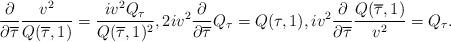
LaTeX: \begin{align*}\frac{\partial}{\partial\overline{\tau}} \frac{v^2}{Q(\overline{\tau},1)} = \frac{iv^2Q_{\tau}}{Q(\overline{\tau},1)^2}, 2iv^2 \frac{\partial}{\partial\overline{\tau}} Q_{\tau} = Q(\tau,1), iv^2 \frac{\partial}{\partial\overline{\tau}} \frac{Q(\overline{\tau},1)}{v^2} = Q_{\tau}.\end{align*}